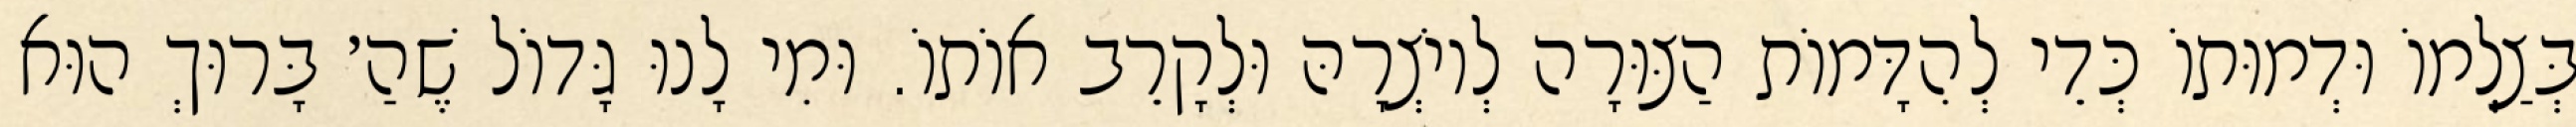
בְּצַלְמוֹ וּדְמוּתוֹ כְּדֵי לְהִדָּמוֹת הַצּוּרָה לְיוֹצְרָהּ וּלְקָרֵב אוֹתוֹ. וּמִי לָנוּ גָּדוֹל שֶׁהַ׳ בָּרוּךְ הוּא